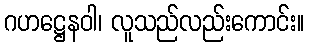
ဂဟဋ္ဌေနဝါ၊ လူသည်လည်းကောင်း။